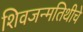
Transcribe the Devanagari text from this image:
शिवजन्मतिथीचे